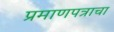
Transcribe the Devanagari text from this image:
प्रमाणपत्राचा